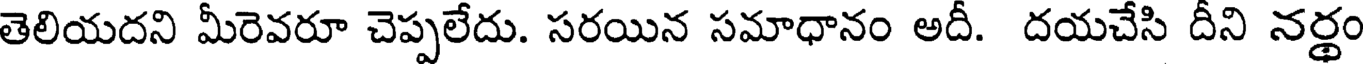
తెలియదని మీరెవరూ చెప్పలేదు. సరయిన సమాధానం అదీ. దయచేసి దీని నర్థం